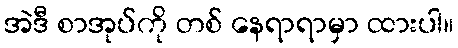
အဲဒီ စာအုပ်ကို တစ် နေရာရာမှာ ထားပါ။